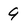
Character: 9